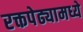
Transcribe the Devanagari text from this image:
रक्तपेढ्यामध्ये